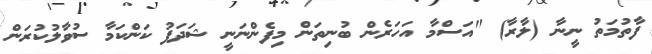
ފާތުމަތު ނީނާ (ލާރާ) "އަސްމާ އަހަރެން ބުނިތަން މިފެންނަނީ ޝަދަފު ކަންކަމާ ސުވާލުކުރަން